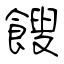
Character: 餿